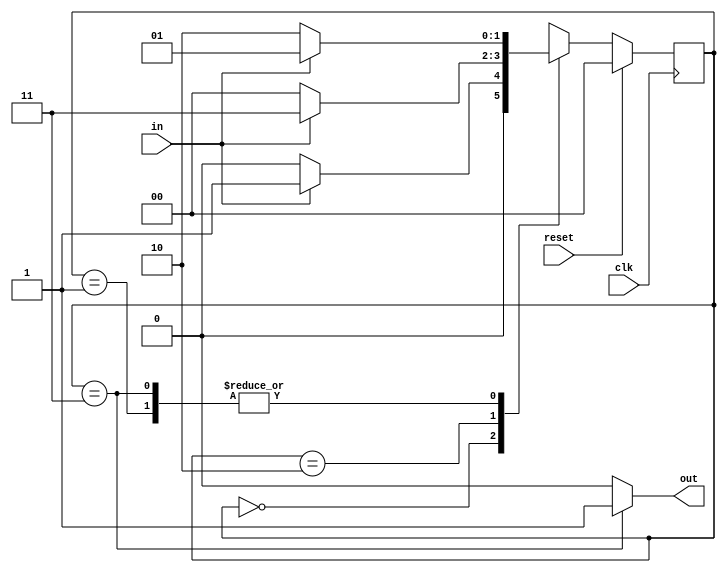
module top_module(
    input clk,
    input in,
    input reset,
    output out); //
    
    parameter A=0, B=1, C=2, D=3;
    reg [1:0] state, next_state;

    always @(*)
        begin
            if (reset)
                begin
                 	next_state = A;  
                end
            else 
                begin
                    case (state)
                        A:
                            next_state = (in == 1) ? B:A;
                        B: 
                            next_state = (in == 0) ? C:B;
                        C:
                            next_state = (in == 1) ? D:A;
                        D:
                            next_state = (in == 1) ? B:C;
                        default:
                            begin
                                next_state = A; 
                            end
                    endcase
                end
        end
    
    always @(posedge clk)
        begin
            state <= next_state;
        end
    
    always @(state)
        begin
            out = 0;
            if (state == D)
                begin
                    out = 1;
                end
        end

endmodule